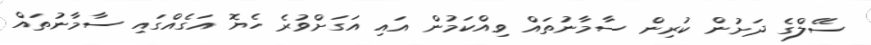
ސޭލްގެ ދަށުން ކުރިން ސާމާނުތައް ވިއްކަމުން އައި އަގަށްވުރެ ހެޔޮ އަގެއްގައި ސާމާނުތައް